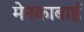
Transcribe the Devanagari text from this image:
मेनकाबाई